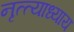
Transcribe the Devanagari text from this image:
नृत्त्याध्याय